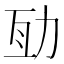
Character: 𠡚